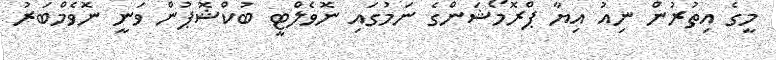
މީގެ އިތުރުން ނިއު އިޔާ ޕްރޮމޯޝަންގެ ނަމުގައި ނޮވެލްޓީ ބުކްޝޮޕުން ވަނީ ނޮވެމްބަރު